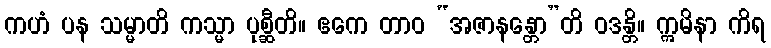
ကဟံ ပန သမ္မာတိ ကသ္မာ ပုစ္ဆီတိ။ ဧကေ တာဝ “အဇာနန္တော”တိ ဝဒန္တိ။ ဣမိနာ ကိရ